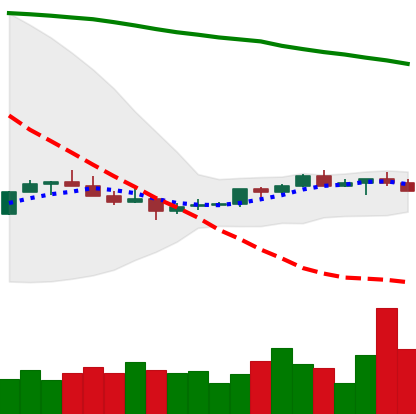
Ticker: XMR-USD
Chart end date: 2022-07-12
Forward return: 10.365%
Label: up_7plus